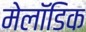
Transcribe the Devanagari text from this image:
मेलॉडिक